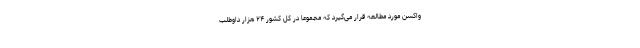
واکسن مورد مطالعه قرار می‌گیرد که مجموعا در کل کشور ۲۴ هزار داوطلب